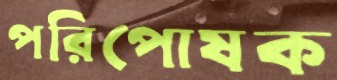
পরিপোষক